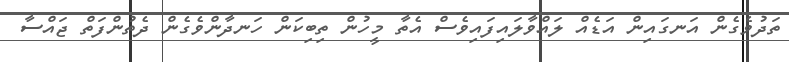
ތަދުވެގެން އަނގައިން އަޑެއް ލައްވާލައިފައިވެސް އެތާ މީހުން ތިބިކަން ހަނދާންވެގެން ދެތުންފަތް ޖައްސާ